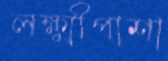
লক্ষ্মীপাশা